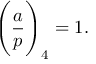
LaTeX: { \Bigg ( } { \frac { a } { p } } { \Bigg ) } _ { 4 } = 1 .